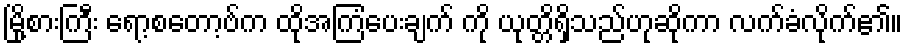
မြို့စားကြီး ရော့စတော့ဗ်က ထိုအကြံပေးချက် ကို ယုတ္တိရှိသည်ဟုဆိုကာ လက်ခံလိုက်၏။